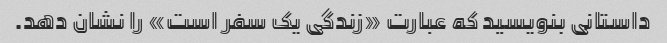
داستانی بنویسید که عبارت «زندگی یک سفر است» را نشان دهد.